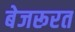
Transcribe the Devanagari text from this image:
बेजरूरत